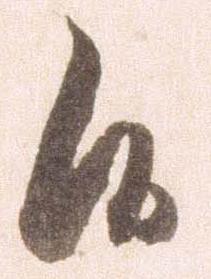
候